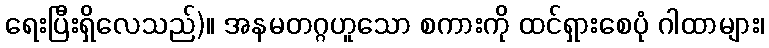
ရေးပြီးရှိလေသည်)။ အနမတဂ္ဂဟူသော စကားကို ထင်ရှားစေပုံ ဂါထာများ၊